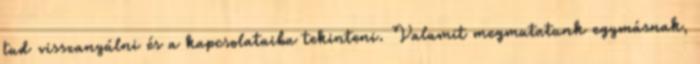
tud visszanyúlni és a kapcsolataiba tekinteni. Valamit megmutatunk egymásnak,